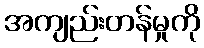
အကျည်းတန်မှုကို